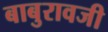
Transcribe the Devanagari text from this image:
बाबुरावजी